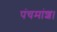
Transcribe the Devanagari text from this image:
पंचमांश।